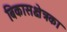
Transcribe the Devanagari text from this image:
बिकासक्षेत्रका